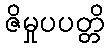
ဇိမှုပပတ္တိ